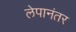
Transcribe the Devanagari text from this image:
लेपानंतर